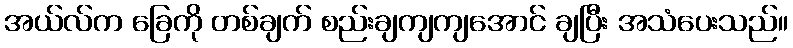
အယ်လ်က ခြေကို တစ်ချက် စည်းချကျကျအောင် ချပြီး အသံပေးသည်။